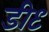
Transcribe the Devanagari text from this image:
डी९